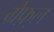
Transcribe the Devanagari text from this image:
ग्रेफ़्ल